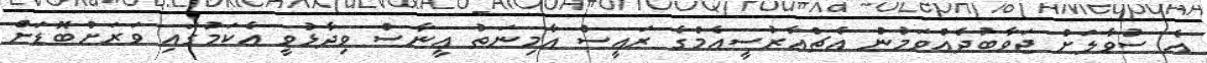
އެ ސުވާލަށް ޖަވާބުދެއްވަމުން އެޗްއާރުސީއެމްގެ ރައީސް އާމިނަތު އީނާސް ވިދާޅުވީ އެކަމުގައި ވަރަށްބޮޑަށް